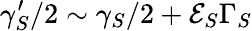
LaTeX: \gamma_{S}^{\prime}/2\sim\gamma_{S}/2+\mathcal{E}_{S}\Gamma_{S}